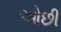
ઓછી